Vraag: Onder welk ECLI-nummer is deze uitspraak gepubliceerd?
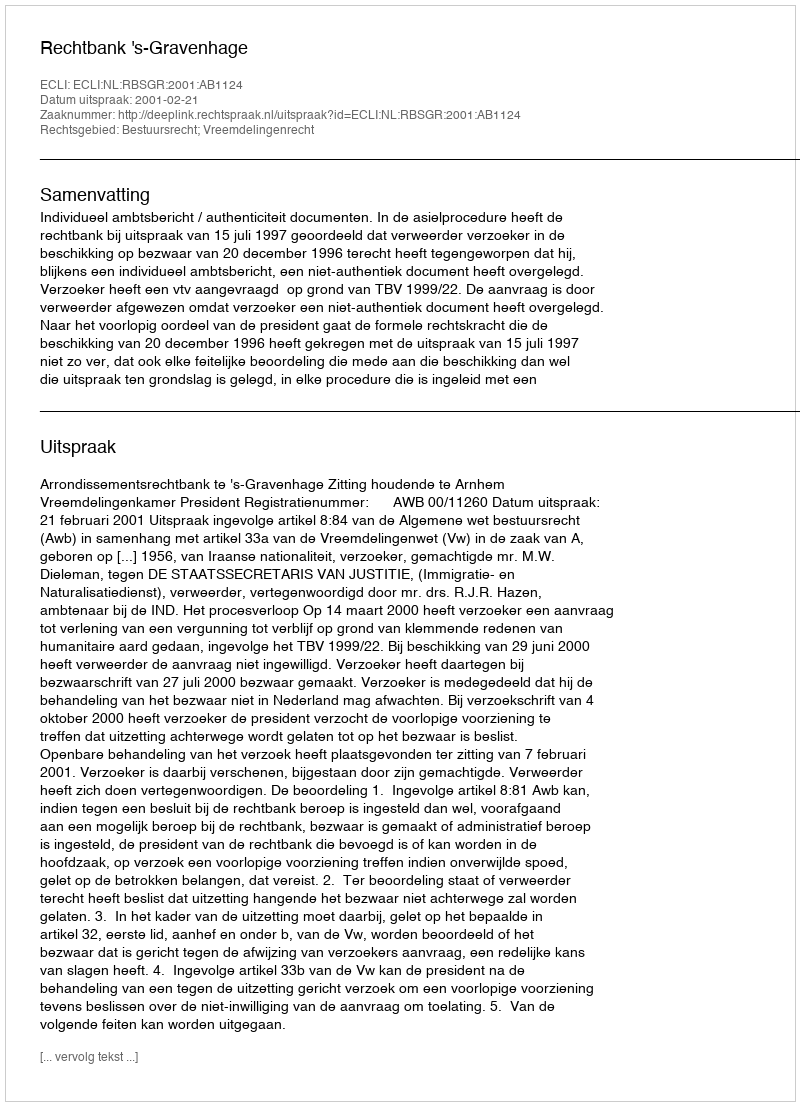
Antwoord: ECLI:NL:RBSGR:2001:AB1124